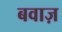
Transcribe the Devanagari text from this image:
बवाज़